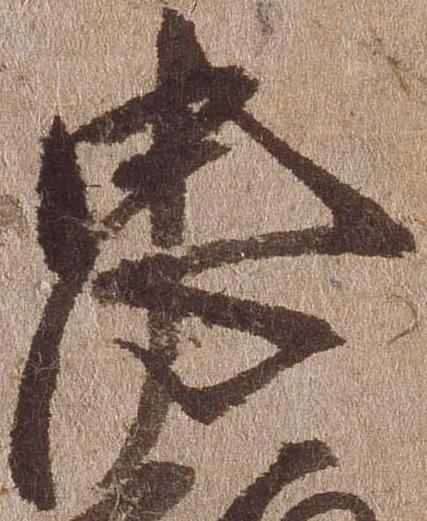
忠